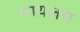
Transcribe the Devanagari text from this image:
पायलस